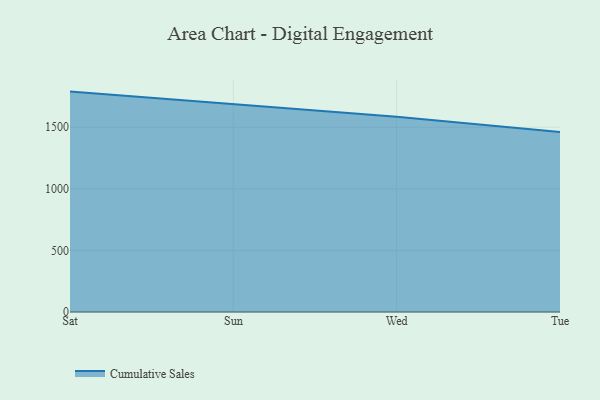
{"axis": {"x": "Day", "y": "Budget (USD K)"}, "legend": ["Cumulative Sales"], "data": [{"x": "Sat", "y": 1789.6, "type": "Cumulative Sales"}, {"x": "Sun", "y": 1684.4, "type": "Cumulative Sales"}, {"x": "Wed", "y": 1585.0, "type": "Cumulative Sales"}, {"x": "Tue", "y": 1462.0, "type": "Cumulative Sales"}]}